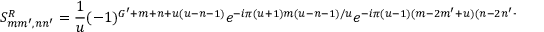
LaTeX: S _ { m m ^ { \prime } , n n ^ { \prime } } ^ { R } = \frac { 1 } { u } ( - 1 ) ^ { G ^ { \prime } + m + n + u ( u - n - 1 ) } e ^ { - i \pi ( u + 1 ) m ( u - n - 1 ) / u } e ^ { - i \pi ( u - 1 ) ( m - 2 m ^ { \prime } + u ) ( n - 2 n ^ { \prime } + u ) / u } ;